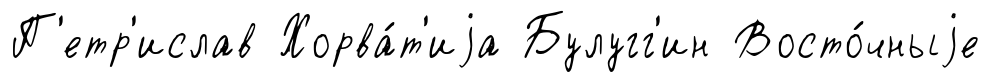
П'етр'ислав Хорва́т'иjа Булугг'ин Восто́чныjе